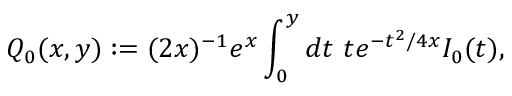
Q _ { 0 } ( x , y ) : = ( 2 x ) ^ { - 1 } e ^ { x } \int _ { 0 } ^ { y } d t ~ t e ^ { - t ^ { 2 } / 4 x } I _ { 0 } ( t ) ,